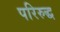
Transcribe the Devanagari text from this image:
परिरुद्ध